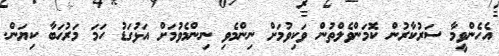
އެހެންވީމާ ސަރުކާރުން ކޮމަންވެލްތުން ވަކިވުމަށް ނިންމެވި ނިންމެވުމަށް އަޅުގަޑު ހަމަ މަރުޙަބާ ކިޔަން.